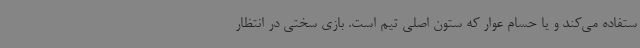
ستفاده می‌کند و یا حسام عوار که ستون اصلی تیم است. بازی سختی در انتظار